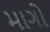
માગો